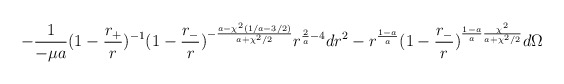
\begin{align*}- \frac{1}{- \mu a} ( 1- \frac{r_+}{r} )^{-1} ( 1- \frac{r_-}{r} ) ^{- \frac{a- \chi^2 ( 1/a - 3/2 )} {a + \chi^2 /2 }}r^{ \frac{2}{a} - 4} dr^2- r^{\frac{1-a}{a}} (1- \frac{r_-}{r} )^{\frac{1-a}{a} \frac{\chi^2}{a + \chi^2 /2} } d \Omega\end{align*}